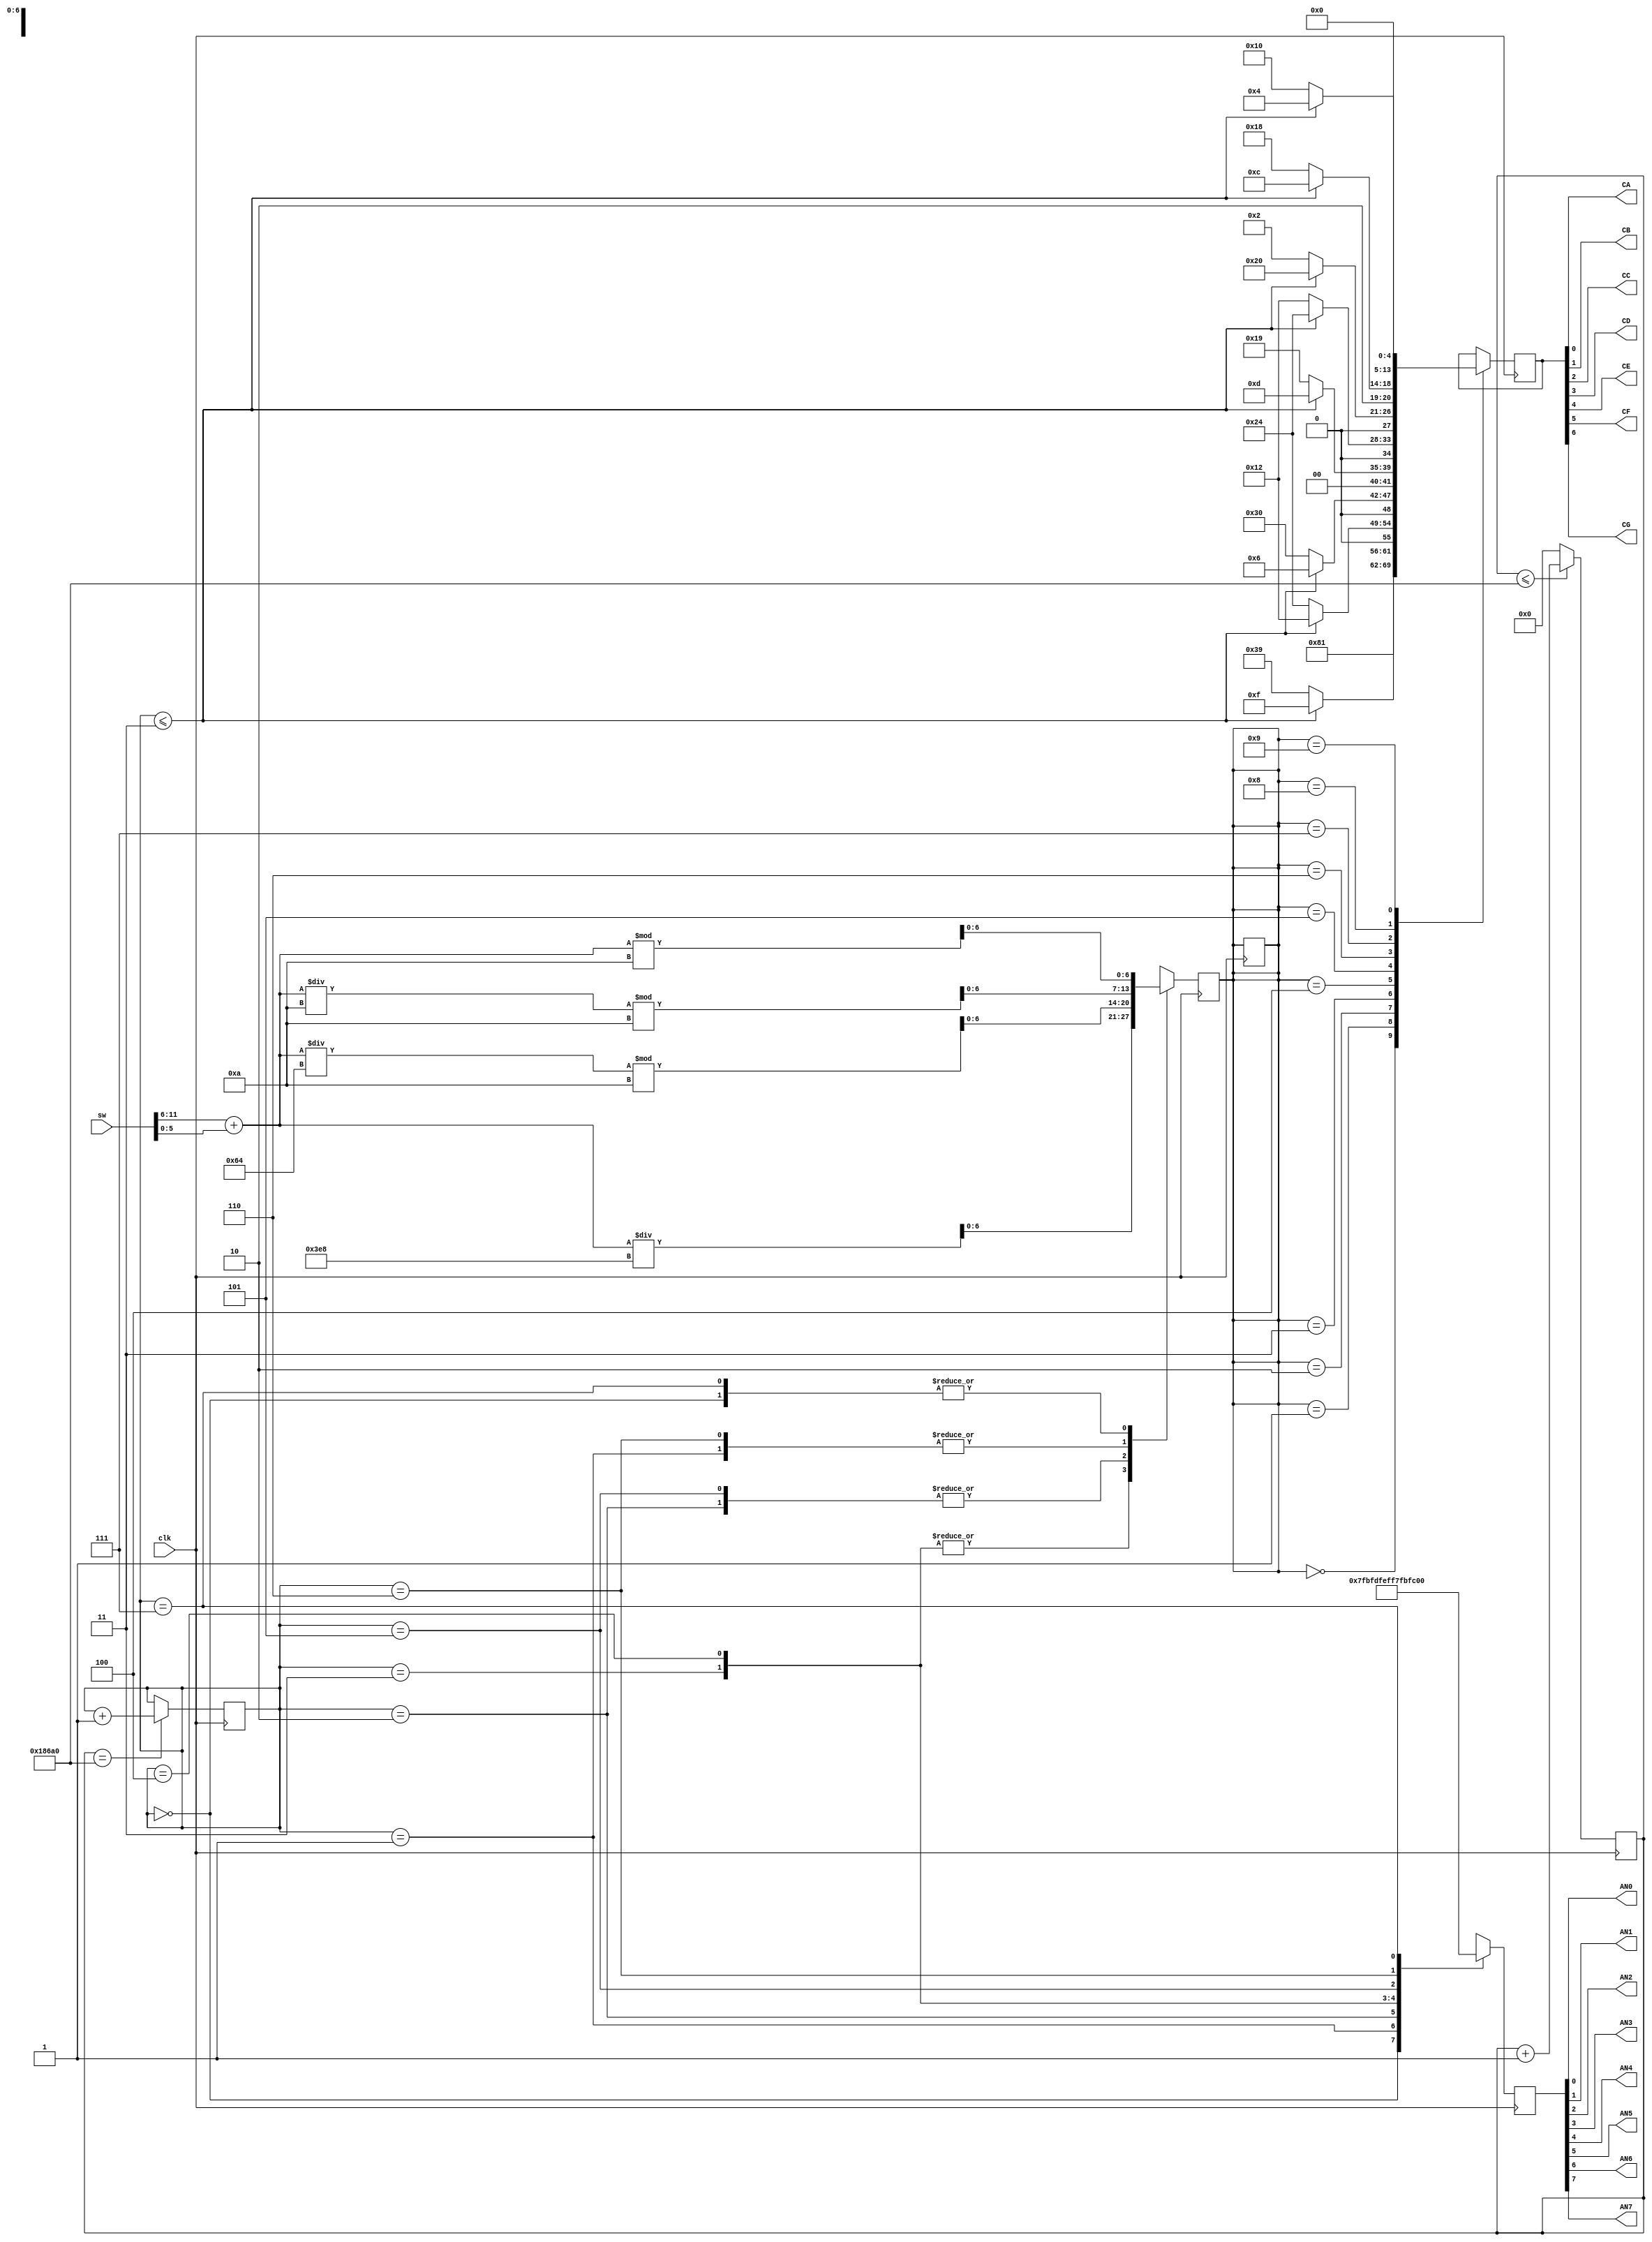
module top(
	clk,
    sw,
	CA,
	CB,
	CC,
	CD,
	CE,
	CF,
	CG,
	AN0,
	AN1,
	AN2,
	AN3,
	AN4,
	AN5,
	AN6,
	AN7
    );
    
input clk;
input [11:0]sw;
output CA,CB,CC,CD,CE,CF,CG;
output AN0,AN1,AN2,AN3,AN4,AN5,AN6,AN7;

wire [5:0]num1;
wire [5:0]num2;
wire [6:0]sum;
reg [2:0] state;
reg [6:0] seg_number,seg_data;
reg [20:0] counter;
reg [7:0] scan;

assign num1 = sw[11:6];
assign num2 = sw[5:0]; 
assign sum=num1+num2;
assign {AN7,AN6,AN5,AN4,AN3,AN2,AN1,AN0} = scan;
always@(posedge clk) begin
  counter <=(counter<=100000) ? (counter +1) : 0;
  state <= (counter==100000) ? (state + 1) : state;
	case(state)
		0:begin
			seg_number <=  sum%10;
			scan <= 8'b0111_1111;
		end
		1:begin
			seg_number <= (sum / 10 ) % 10;
			scan <= 8'b1011_1111;
		end
		2:begin
			seg_number <= (sum / 100 ) % 10;
			scan <= 8'b1101_1111;
		end
		3:begin
			seg_number <=sum / 1000;
			scan <= 8'b1110_1111;
		end
		4:begin
			seg_number <= sum/1000;
			scan <= 8'b1111_0111;
		end
		5:begin
			seg_number <= (sum/100) % 10;
			scan <= 8'b1111_1011;
		end
		6:begin
			seg_number <= (sum/10) % 10;
			scan <= 8'b1111_1101;
		end
		7:begin
			seg_number <= sum % 10;
			scan <= 8'b1111_1110;
		end
		default: state <= state;
	endcase 
end  


assign {CG,CF,CE,CD,CC,CB,CA} = seg_data;

always@(posedge clk) begin  
  case(seg_number)
	16'd0:
	seg_data <= 7'b100_0000;
	16'd1:
	if(state<=3)
	seg_data <= 7'b100_1111;
	else
	seg_data <= 7'b111_1001;
	16'd2:
	if(state<=3)
        seg_data <= 7'b001_0010;
        else
	seg_data <= 7'b010_0100;
	16'd3:
	if(state<=3)
        seg_data <= 7'b000_0110;
        else
	seg_data <= 7'b011_0000;
	16'd4:
	if(state<=3)
        seg_data <= 7'b000_1101;
        else
	seg_data <= 7'b001_1001;
	16'd5:
	if(state<=3)
        seg_data <= 7'b010_0100;
        else
	seg_data <= 7'b001_0010;
	16'd6:
	if(state<=3)
        seg_data <= 7'b010_0000;
        else
	seg_data <= 7'b000_0010;
	16'd7:
	if(state<=3)
        seg_data <= 7'b100_1100;
        else
	seg_data <= 7'b101_1000;
	16'd8:
	if(state<=3)
        seg_data <= 7'b000_0000;
        else
	seg_data <= 7'b000_0000;
	16'd9:
	if(state<=3)
        seg_data <= 7'b000_0100;
        else
	seg_data <= 7'b001_0000;
	default: seg_number <= seg_number;
  endcase
  
end 

endmodule